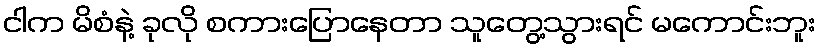
ငါက မိစံနဲ့ ခုလို စကားပြောနေတာ သူတွေ့သွားရင် မကောင်းဘူး